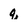
Character: q